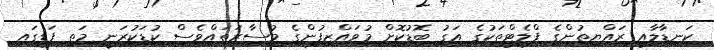
ކަނޑާލާއި ރައްޔިތުންގެ ފްލެޓްތަކުގެ އަގު ބޮޑުކޮށް މުވައްޒިފުންގެ މުސާރަތައްވެސް ކުޑަކުރަނީ މަތި ފަޑީގައި